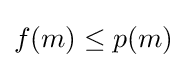
f(m)\leq p(m)